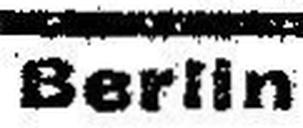
Berlin